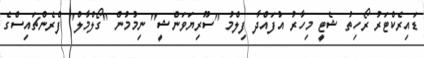
ޑައިރެކްޓަރު ރޯހިތު ޝެޓީ މިހާރު އުފައްދާ ފިލްމު "ސޫރިޔަވަންޝީ" ނިމުމުން "ގޯލްމާލް" ފްރެންޗައިސްގެ